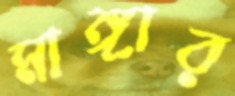
মাঙ্গার